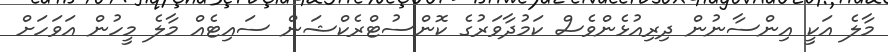
މާލެ އަކީ އިންސާނުން ދިރިއުޅެންވެސް ކަމުދާވަރުގެ ކޮންސުޓްރެކްޝަން ސައިޓެއް މާލެ މީހުން އަވަހަށް